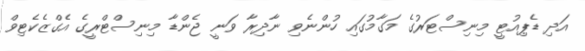
އަދި ޑެޕިއުޓީ މިނިސްޓަރުގެ މަގާމުގައި ހުންނެވި ނާދިރާ ވަނީ ޖެންޑާ މިނިސްޓްރީގެ އެގްޒެކެޓިވް